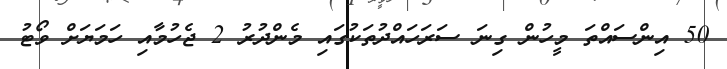
50 އިންސައްތަ މީހުން ގިނަ ސަރަހައްދުތަކުގައި މެންދުރު 2 ޖެހުމާއި ހަމަޔަށް ވޯޓު